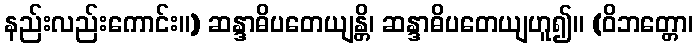
နည်းလည်းကောင်း။) ဆန္ဒာဓိပတေယျန္တိ၊ ဆန္ဒာဓိပတေယျဟူ၍။ (ဝိဘတ္တော၊